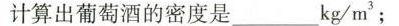
计算出葡萄酒的密度是___ $$kg/m^{3};$$